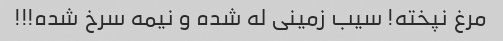
مرغ نپخته! سیب زمینی له شده و نیمه سرخ شده!!!